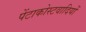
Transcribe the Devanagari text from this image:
पेंटाकोस्टवादियों